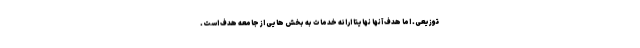
توزیعی. اما هدف آنها نهایتا ارائه خدمات به بخش هایی از جامعه هدف است.